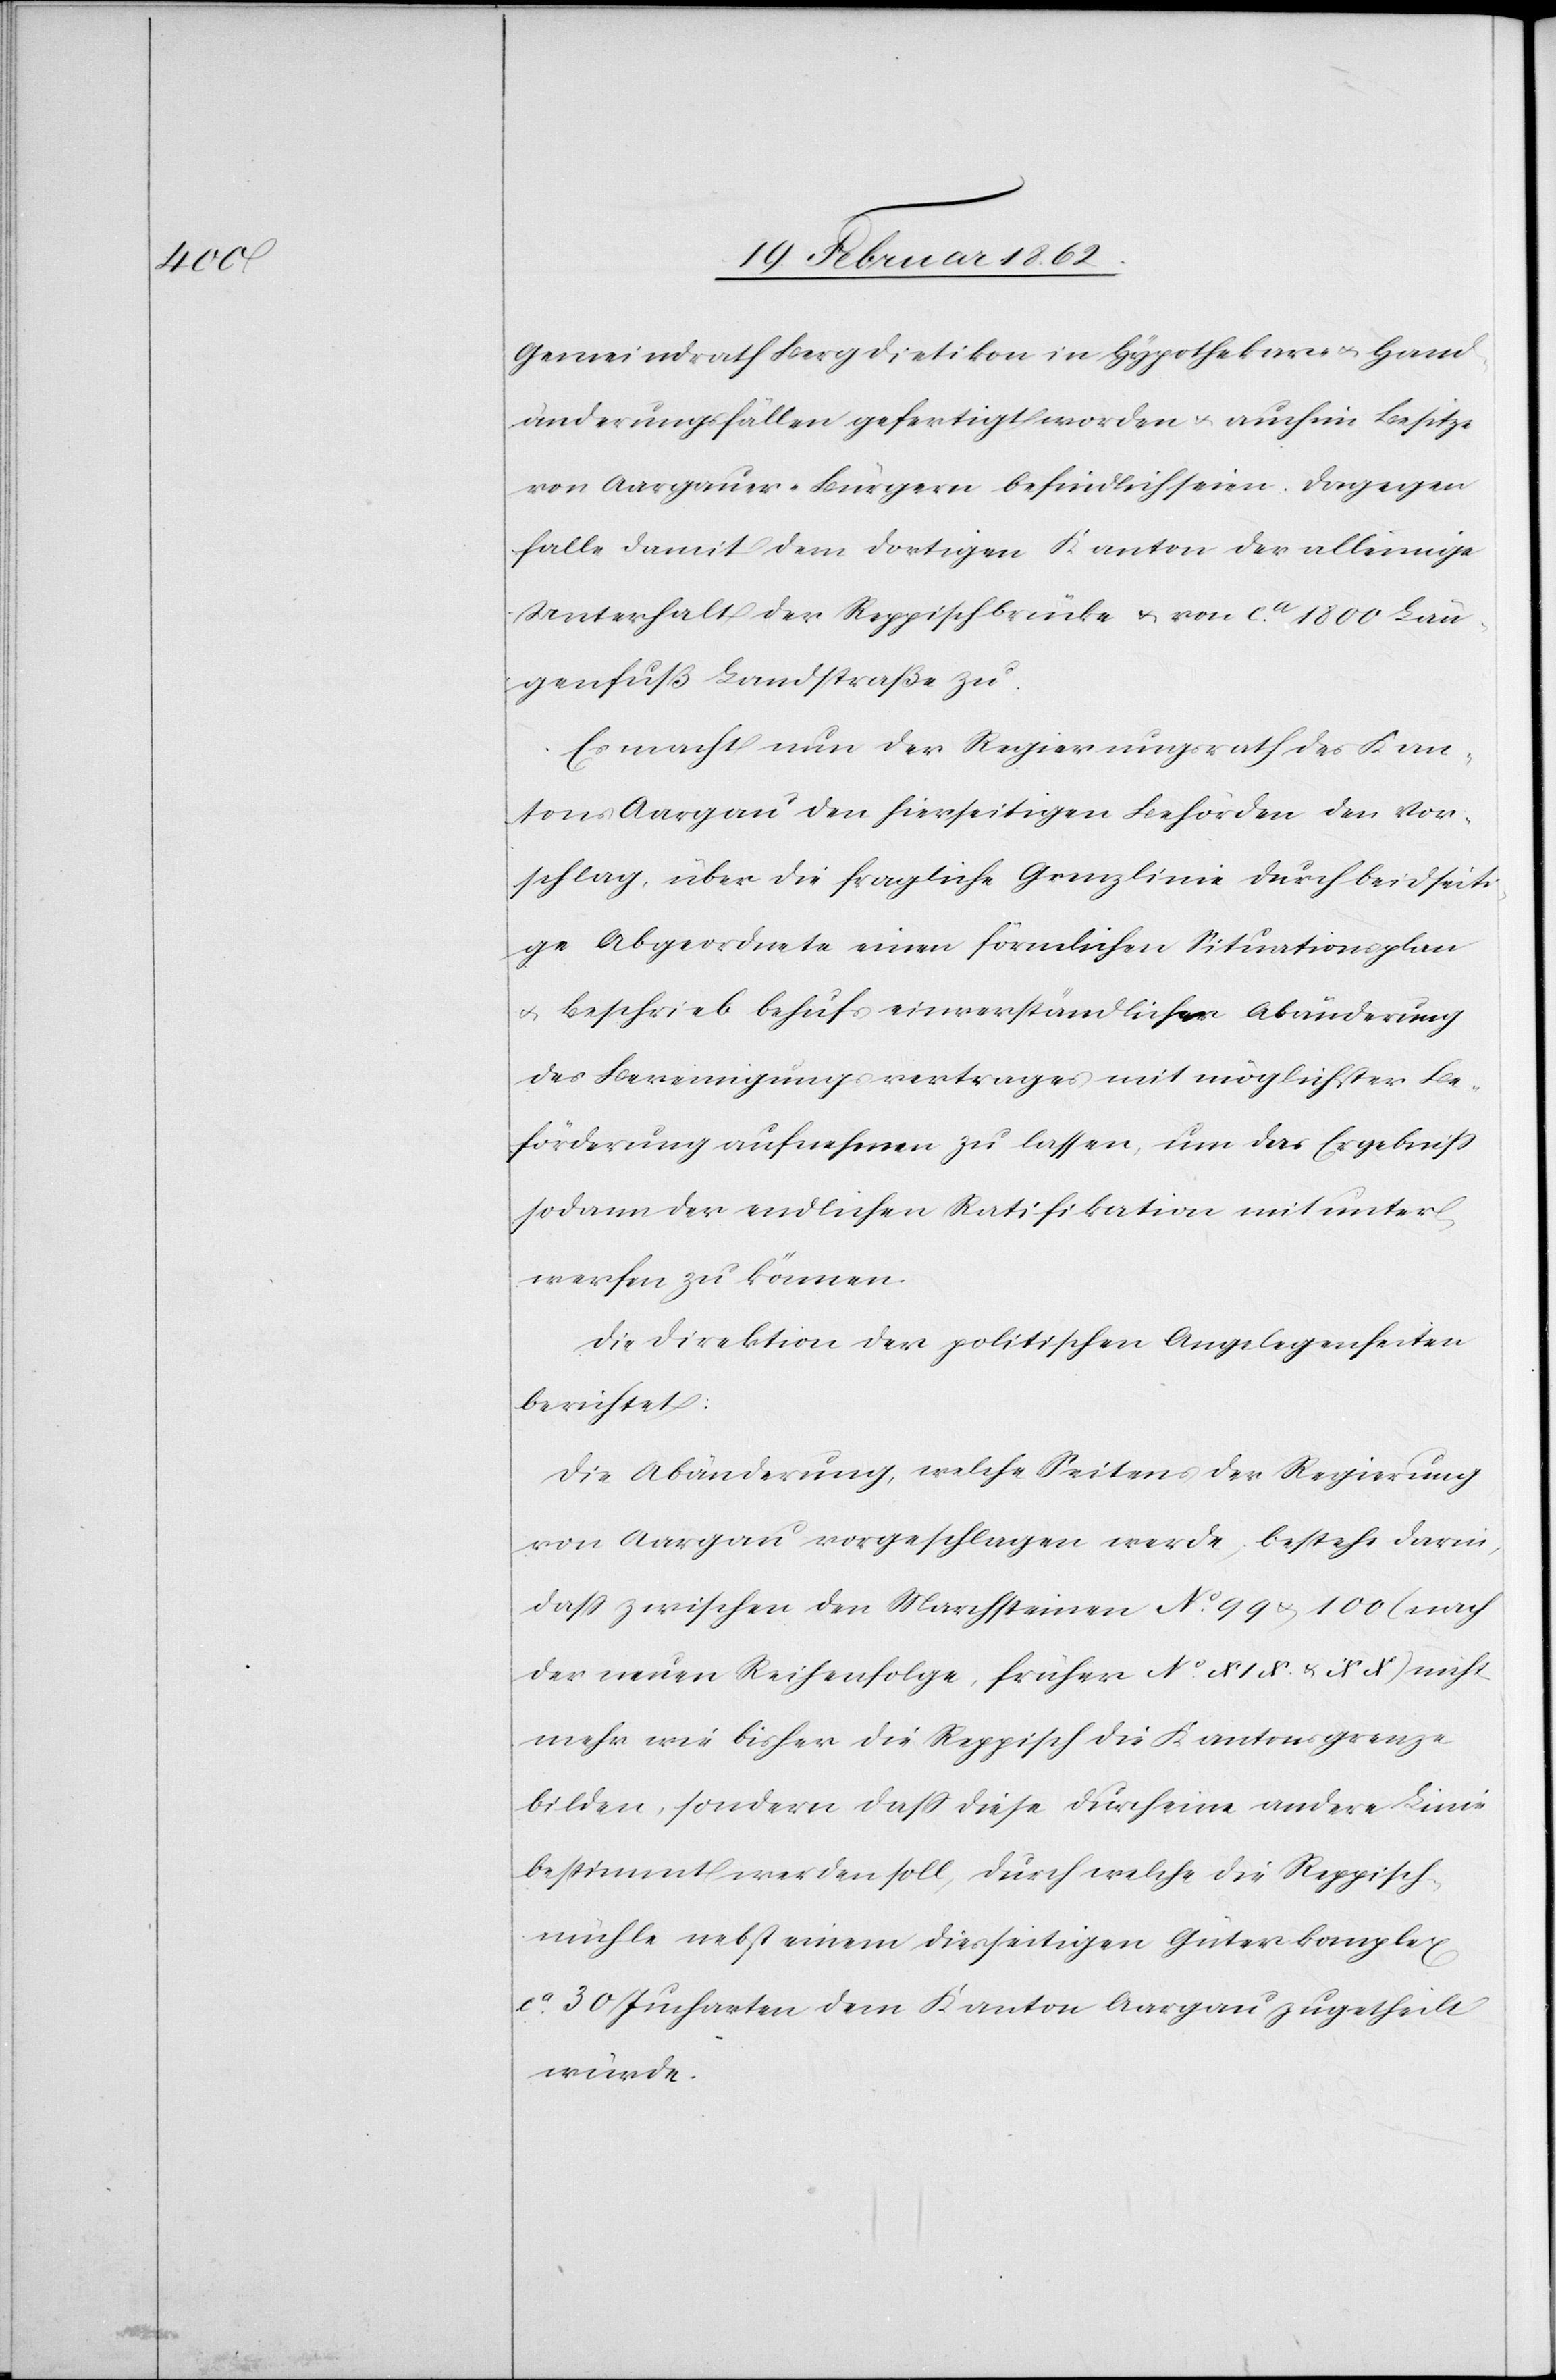
Gemeindrath Bergdietikon in Hypothekar- u. Hand¬
änderungsfällen gefertigt worden u. auch im Besitze
von Aargauer-Bürgern befindlich seien. Dagegen
falle damit dem dortigen Kanton der alleinige
Unterhalt der Reppischbrücke u. von ca. 1800 Län¬
genfuß Landstraße zu.
Es macht nun der Regierungsrath des Kan¬
tons Aargau den hierseitigen Behörden den Vor¬
schlag, über die fragliche Grenzlinie durch beidseiti¬
ge Abgeordnete einen förmlichen Situationsplan
u. Beschrieb behufs einverständlicher Abänderung
des Bereinigungsvertrages mit möglichster Be¬
förderung aufnehmen zu lassen, um das Ergebniß
sodann der endlichen Ratifikation mit unter¬
werfen zu können.
Die Direktion der politischen Angelegenheiten
berichtet:
Die Abänderung, welche Seitens der Regierung
von Aargau vorgeschlagen werde, bestehe darin,
daß zwischen den Marchsteinen No. 99 u. 100 (nach
der neuen Reihenfolge, früher No. XIX & XX) nicht
mehr wie bisher die Reppisch die Kantonsgrenze
bilden, sondern daß diese durch eine andere Linie
bestimmt werden soll, durch welche die Reppisch¬
mühle nebst einem diesseitigen Güterkomplex
ca. 30 Jucharten dem Kanton Aargau zugetheilt
würde.